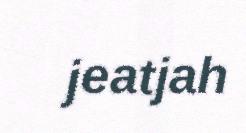
jeatjah